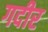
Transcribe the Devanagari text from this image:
गदीर